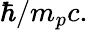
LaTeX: \hbar/m_{p}c.